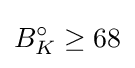
B_{K}^{\circ }\geq 68